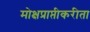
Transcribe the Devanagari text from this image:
मोक्षप्राप्तीकरीता